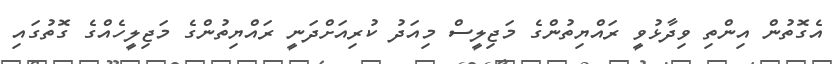
އެގޮތުން އިންތި ވިދާޅުވީ ރައްޔިތުންގެ މަޖިލީސް މިއަދު ކުރިއަށްދަނީ ރައްޔިތުންގެ މަޖިލީހެއްގެ ގޮތުގައި